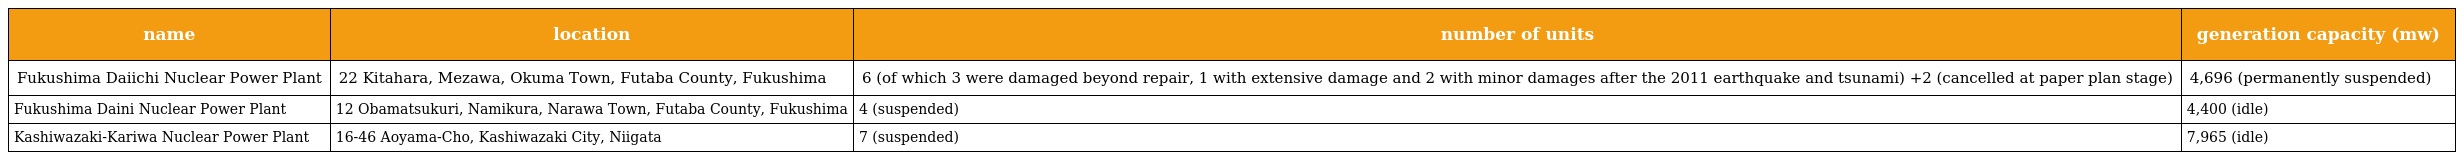
| name | location | number of units | generation capacity (mw) |
 | --- | --- | --- | --- |
 | Fukushima Daiichi Nuclear Power Plant | 22 Kitahara, Mezawa, Okuma Town, Futaba County, Fukushima | 6 (of which 3 were damaged beyond repair, 1 with extensive damage and 2 with minor damages after the 2011 earthquake and tsunami) +2 (cancelled at paper plan stage) | 4,696 (permanently suspended) |
 | Fukushima Daini Nuclear Power Plant | 12 Obamatsukuri, Namikura, Narawa Town, Futaba County, Fukushima | 4 (suspended) | 4,400 (idle) |
 | Kashiwazaki-Kariwa Nuclear Power Plant | 16-46 Aoyama-Cho, Kashiwazaki City, Niigata | 7 (suspended) | 7,965 (idle) |